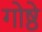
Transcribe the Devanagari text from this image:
गोष्ठे